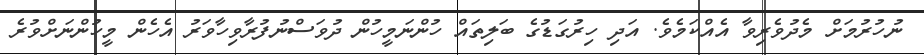
ނުހުރުމަށް މެދުވެރިވާ އެއްކަމެވެ. އަދި ހިރުގަޑުގެ ބަލިތައް ހުންނަމީހުން ދުވަސްނުފުރާވިހާވަރު އެހެން މީހުންނަށްވުރެ